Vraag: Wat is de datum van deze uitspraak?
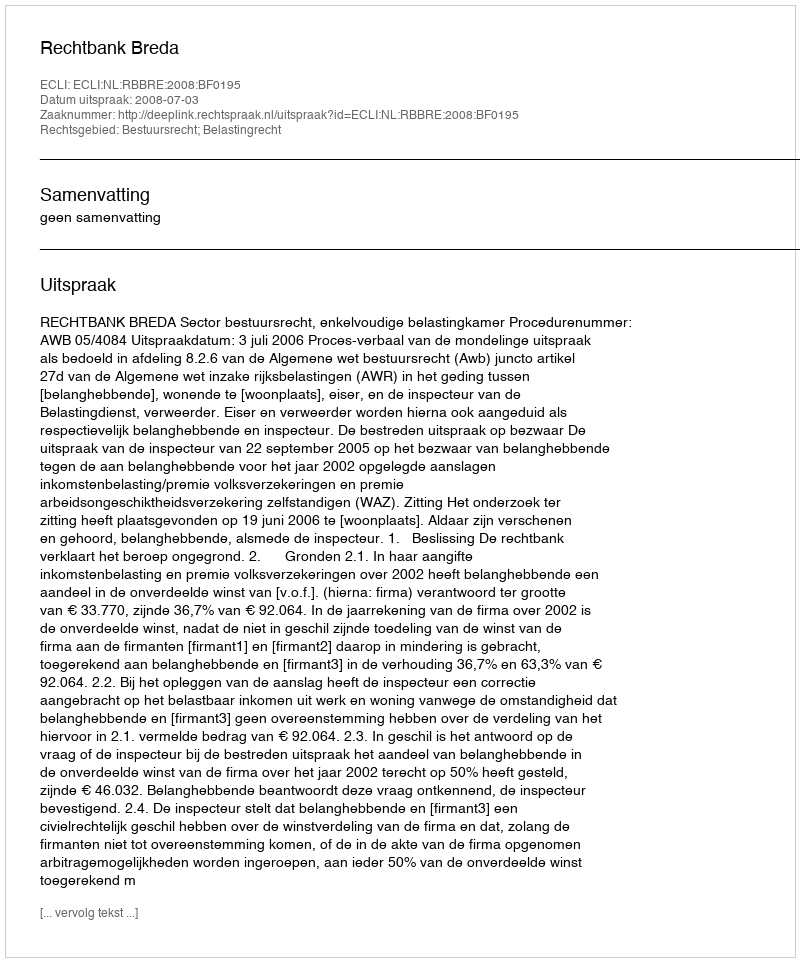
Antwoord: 2008-07-03